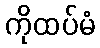
ကိုထပ်မံ